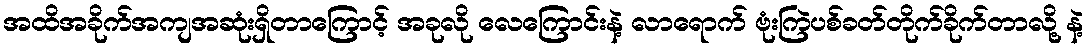
အထိအခိုက်အကျအဆုံးရှိတာကြောင့် အခုလို လေကြောင်းနဲ့ လာရောက် ဗုံးကြဲပစ်ခတ်တိုက်ခိုက်တာလို့ နဲ့